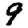
Digit: 9